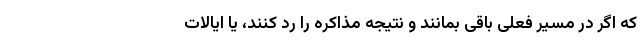
که اگر در مسیر فعلی باقی بمانند و نتیجه مذاکره را رد کنند، یا ایالات